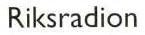
Riksradion